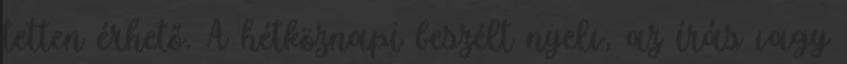
tetten érhető. A hétköznapi beszélt nyelv, az írás vagy